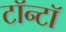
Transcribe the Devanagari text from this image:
टॉन्टॉ